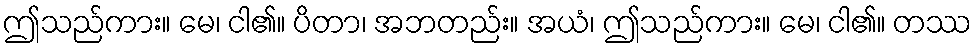
ဤသည်ကား။ မေ၊ ငါ၏။ ပိတာ၊ အဘတည်း။ အယံ၊ ဤသည်ကား။ မေ၊ ငါ၏။ တဿ